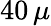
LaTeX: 40\, \mu